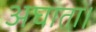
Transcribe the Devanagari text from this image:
अघाता।